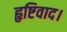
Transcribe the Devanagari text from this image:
हृष्टिवाद।